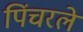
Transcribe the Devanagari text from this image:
पिंचरले